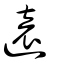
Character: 逺